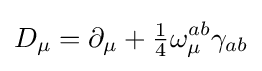
D_{\mu }=\partial _{\mu }+{\tfrac {1}{4}}\omega _{\mu }^{ab}\gamma _{ab}